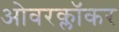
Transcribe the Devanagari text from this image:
ओवरक्लॉकर